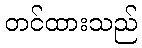
တင်ထားသည်